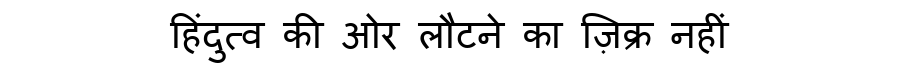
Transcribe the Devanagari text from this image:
हिंदुत्व की ओर लौटने का ज़िक्र नहीं